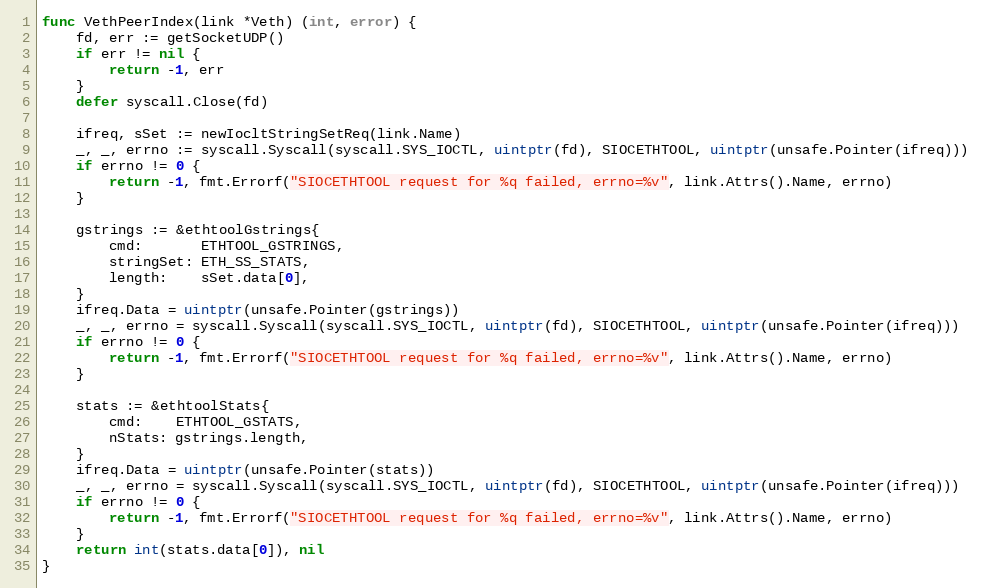
Language: Go
func VethPeerIndex(link *Veth) (int, error) {
	fd, err := getSocketUDP()
	if err != nil {
		return -1, err
	}
	defer syscall.Close(fd)

	ifreq, sSet := newIocltStringSetReq(link.Name)
	_, _, errno := syscall.Syscall(syscall.SYS_IOCTL, uintptr(fd), SIOCETHTOOL, uintptr(unsafe.Pointer(ifreq)))
	if errno != 0 {
		return -1, fmt.Errorf("SIOCETHTOOL request for %q failed, errno=%v", link.Attrs().Name, errno)
	}

	gstrings := &ethtoolGstrings{
		cmd:       ETHTOOL_GSTRINGS,
		stringSet: ETH_SS_STATS,
		length:    sSet.data[0],
	}
	ifreq.Data = uintptr(unsafe.Pointer(gstrings))
	_, _, errno = syscall.Syscall(syscall.SYS_IOCTL, uintptr(fd), SIOCETHTOOL, uintptr(unsafe.Pointer(ifreq)))
	if errno != 0 {
		return -1, fmt.Errorf("SIOCETHTOOL request for %q failed, errno=%v", link.Attrs().Name, errno)
	}

	stats := &ethtoolStats{
		cmd:    ETHTOOL_GSTATS,
		nStats: gstrings.length,
	}
	ifreq.Data = uintptr(unsafe.Pointer(stats))
	_, _, errno = syscall.Syscall(syscall.SYS_IOCTL, uintptr(fd), SIOCETHTOOL, uintptr(unsafe.Pointer(ifreq)))
	if errno != 0 {
		return -1, fmt.Errorf("SIOCETHTOOL request for %q failed, errno=%v", link.Attrs().Name, errno)
	}
	return int(stats.data[0]), nil
}